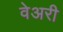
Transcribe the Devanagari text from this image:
वेअरी